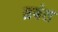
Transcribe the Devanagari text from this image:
ब्रबंत